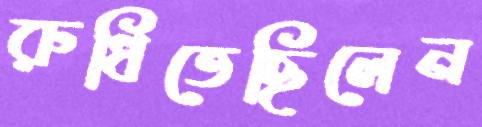
রুধিতেছিলেন